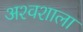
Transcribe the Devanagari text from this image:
अश्‍वशाला